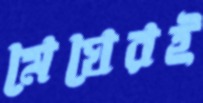
মেঘেরই